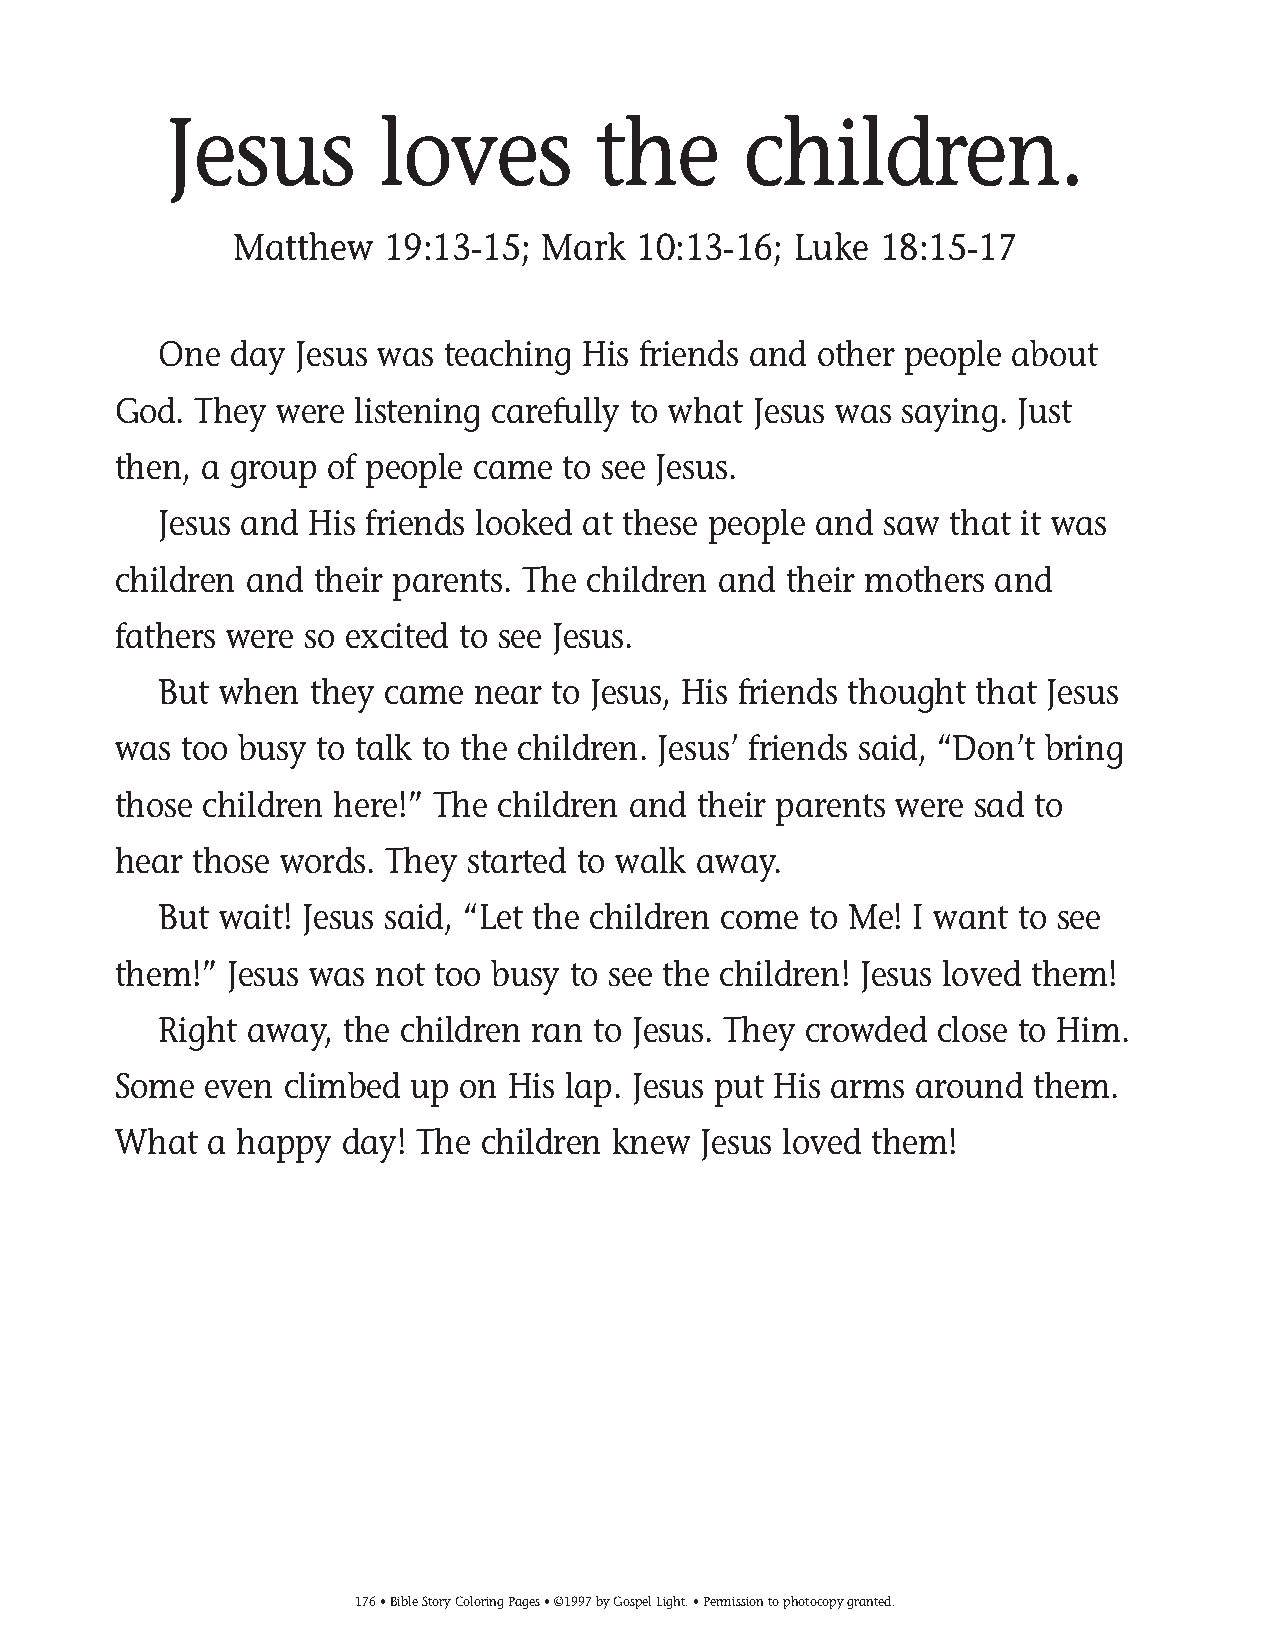
155-184 Coloring pgs_155-184 Coloring pgs 2/19/14 11:49 AM Page 176
 Jesus          loves         the       children.
 Matthew   19:13-15; Mark   10:13-16; Luke  18:15-17
 One  day Jesus was teaching His friends and other people about
 God. They  were listening carefully to what Jesus was saying. Just
 then, a group of people came  to see Jesus.
 Jesus and His friends looked at these people and saw that it was
 children and their parents. The children and their mothers and
 fathers were so excited to see Jesus.
 But when  they came  near to Jesus, His friends thought that Jesus
 was too busy to talk to the children. Jesus’ friends said, “Don’t bring
 those children here!” The children and their parents were sad to
 hear those words. They started to walk away.
 But wait! Jesus said, “Let the children come to Me! I want to see
 them!” Jesus was not too busy to see the children! Jesus loved them!
 Right away, the children ran to Jesus. They crowded close to Him.
 Some  even climbed  up on His lap. Jesus put His arms around them.
 What  a happy  day! The children knew  Jesus loved them!
 176• Bible Story Coloring Pages • ©1997 by Gospel Light. • Permission to photocopy granted.